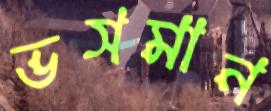
ভসমান